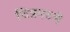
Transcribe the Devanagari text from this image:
चित्रपटचे